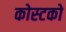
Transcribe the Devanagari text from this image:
कोस्‍टको